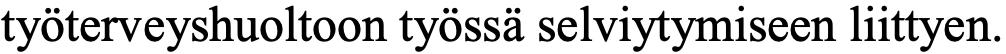
työterveyshuoltoon työssä selviytymiseen liittyen.